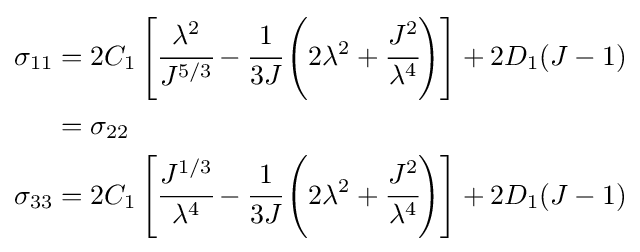
{\begin{aligned}\sigma _{11}&=2C_{1}\left[{\cfrac {\lambda ^{2}}{J^{5/3}}}-{\cfrac {1}{3J}}\left(2\lambda ^{2}+{\cfrac {J^{2}}{\lambda ^{4}}}\right)\right]+2D_{1}(J-1)\\&=\sigma _{22}\\\sigma _{33}&=2C_{1}\left[{\cfrac {J^{1/3}}{\lambda ^{4}}}-{\cfrac {1}{3J}}\left(2\lambda ^{2}+{\cfrac {J^{2}}{\lambda ^{4}}}\right)\right]+2D_{1}(J-1)\end{aligned}}